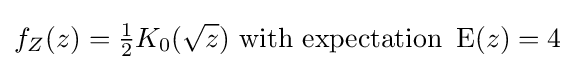
f_{Z}(z)={\tfrac {1}{2}}K_{0}({\sqrt {z}}){\text{ with expectation }}\operatorname {E} (z)=4